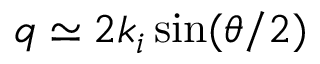
q \simeq 2 k _ { i } \sin ( \theta / 2 )